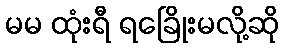
မမ ထုံးရီ ရခြေိုးမလို့ဆို